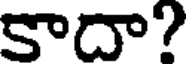
కాదా?